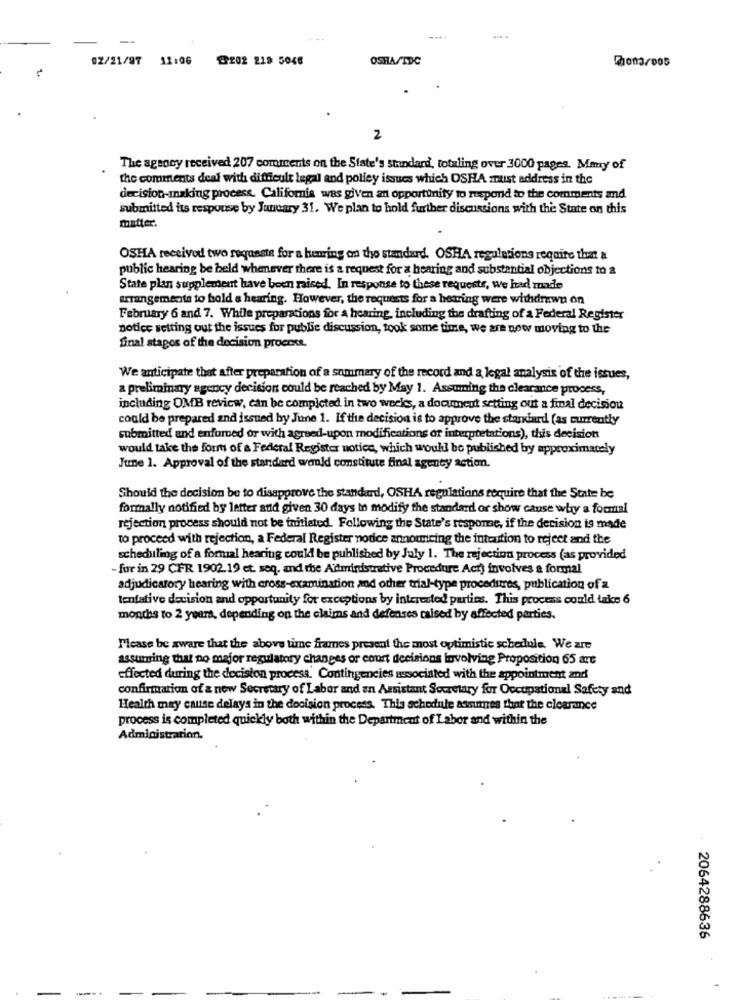
-
02/21/97 11:06
G202 218 5046
OSHASTDC
2
The agency received 207 comments on the State's standard, totaling over 3000 pages. Mmry of
the comments deal with difficult legal and polley issues which OSHA zust address in the
decision-making process. California was given an opportunity to respond to the comments and
submitted its response by January 31. We plan to hold further discussions with the State on this
matter.
OSHA received two regasste for a henring on the standard. OSHA regulations require that a
public hearing be held whenever there is a request for a hearing and substantial objections to a
State plan supplement have been raised. In response to these requests, we had made
arrangements to bold a hearing. However, the requests for a hearing were withdrawn on
February 6 and 7. While preparations for a hearing, including the drafting of a Federal Register
notice setting out the issues for publie discussion, took some time, we are now moving to the
final stages of the decision process.
We anticipate that after preparation of a summary of the record and a legal analysis of the issues,
a preliminary agency decision could be reached by May 1. Assuming the clearance process,
including OMB review, can be completed in two weeks, a document setting out a final decision
could be prepared and issued by June 1. If the decision is to approve the standard (as currently
submitted and enforced or with agreed-upon modifications of interpretations), this decision
would take the form of a Federal Register notice, which would be published by approximately
June 1. Approval of the standard wereld constitute final agency action.
Should the decision be to disapprove the standard, OSHA regulations require that the State be
formally notified by letter and given 30 days to modify the standard or show cause why a formal
rejection process should not be initiated. Following the State's response, if the decision is made
to proceed with rejection, a Federal Register nodice announcing the intention to reject and the
scheduling of a formal hearing could be published by July 1. The rejection process (as provided
for in 29 CFR 1902. 19 et. seq. and the Artministrative Procedure Act) involves a formal
adjudicatory hearing with cross-examination and other trial-type procedures, publication of a
tentative decision and opportunity for exceptions by interested parties. This process could take 6
months to 2 years, depending on the claims and defenses raised by affected parties.
Please be aware that the above time frames present the most optimistic schedule. We are
assuming that no major regulatory changes or court decisions involving Proposition 65 art
effected during the decision process. Contingencies associated with the appointment and
confirmation of & now Secretary of Labor and an Assistant Sowetary for Occupational Safety and
Health may cause delays in the decision process. This schedule assumes that the clearance
process is completed quickly both within the Department of Labor and within the
Administrarion.
2064288636
--